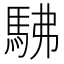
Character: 𮩽